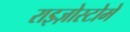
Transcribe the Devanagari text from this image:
राइज़ोस्टोमे